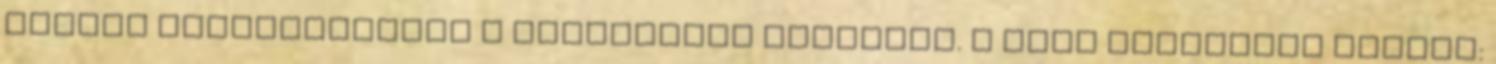
amikor összeütköztél a gyümölcsös emberrel. A lánc fontosabb szemei: